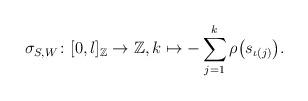
LaTeX: \begin{align*} \sigma_{S,W} \colon [0,l]_\mathbb{Z} \to \mathbb{Z}, k \mapsto - \sum_{j=1}^k \rho \big( s_{\iota(j)} \big). \end{align*}